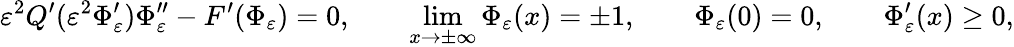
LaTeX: \varepsilon^{2}Q^{\prime}(\varepsilon^{2}\Phi_{\varepsilon}^{\prime})\Phi_{\varepsilon}^{\prime\prime}-F^{\prime}(\Phi_{\varepsilon})=0,\qquad\operatorname*{lim}_{x\to\pm\infty}\Phi_{\varepsilon}(x)=\pm 1,\qquad\Phi_{\varepsilon}(0)=0,\qquad\Phi_{\varepsilon}^{\prime}(x)\geq 0,